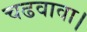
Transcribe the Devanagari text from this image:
चढवावा।